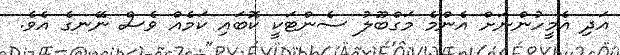
އަދި އެމީހުންނަށް އެންމެ މަގްބޫލު ސެންޓަކީ ކޮބައި ކަމެއް ވެސް ނޭނގެ އެވެ.